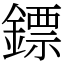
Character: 鏢